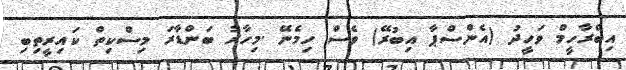
އިބްރާހީމް ވަހީދު (އެންސްޕާ އިބުރޭ) ވެސް ހިމެނޭ .މިހާރު ބަންޑާރަ މިސްކިތް ކައިރީތިބި